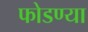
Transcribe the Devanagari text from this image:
फोडण्या